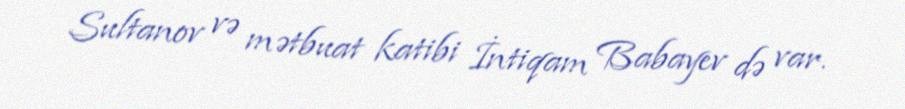
Sultanov və mətbuat katibi İntiqam Babayev də var.